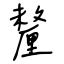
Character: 釐